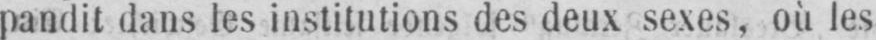
pandit dans les institutions des deux sexes, où les